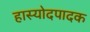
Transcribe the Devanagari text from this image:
हास्योदपादक